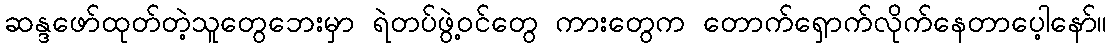
ဆန္ဒဖော်ထုတ်တဲ့သူတွေဘေးမှာ ရဲတပ်ဖွဲ့ဝင်တွေ ကားတွေက တောက်ရှောက်လိုက်နေတာပေ့ါနော်။